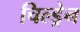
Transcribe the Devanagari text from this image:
चिल्‍ड्रेन